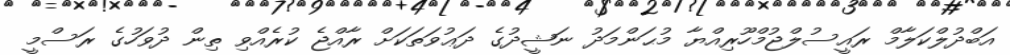
އަބްދުލްކަލާމް ރައީސުލްޖުމްހޫރިއްޔާ މުޙަންމަދު ނަޝީދުގެ ދަޢުވަތަކަށް ރާއްޖެ ކުރެއްވި ތިން ދުވަހުގެ ރަސްމީ